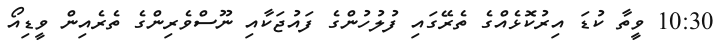
10:30 ވީތާ ކުޑަ އިރުކޮޅެއްގެ ތެރޭގައި ފުލުހުންގެ ފައުޖަކާއި ނޫސްވެރިންގެ ތެރެއިން ވީޑިއޯ